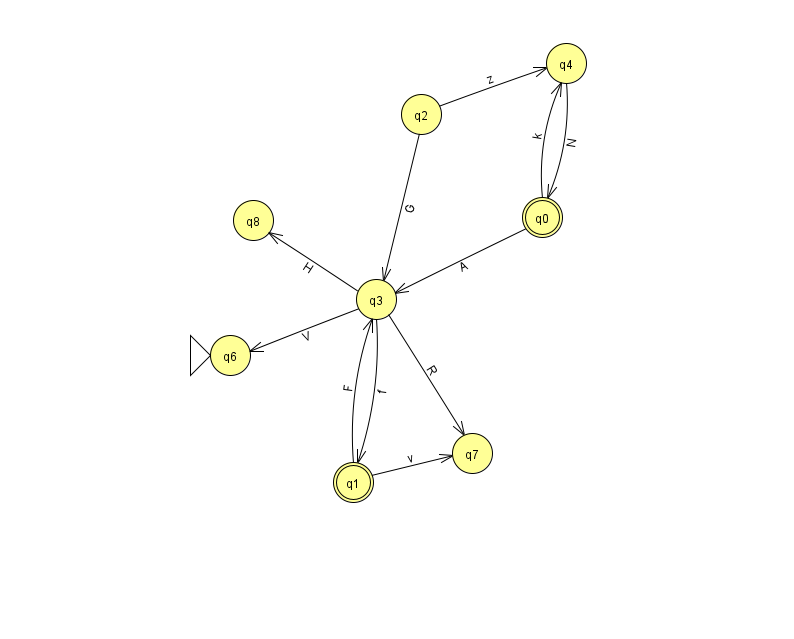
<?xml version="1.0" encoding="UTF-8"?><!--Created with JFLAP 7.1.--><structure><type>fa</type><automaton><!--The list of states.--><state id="0" name="q0"><x>542.0</x><y>204.0</y><final/></state><state id="1" name="q1"><x>353.0</x><y>469.0</y><final/></state><state id="2" name="q2"><x>421.0</x><y>101.0</y></state><state id="3" name="q3"><x>376.0</x><y>286.0</y></state><state id="4" name="q4"><x>566.0</x><y>50.0</y></state><state id="6" name="q6"><x>230.0</x><y>342.0</y><initial/></state><state id="7" name="q7"><x>472.0</x><y>440.0</y></state><state id="8" name="q8"><x>253.0</x><y>207.0</y></state><!--The list of transitions.--><transition><from>3</from><to>8</to><read>H</read></transition><transition><from>3</from><to>7</to><read>R</read></transition><transition><from>4</from><to>0</to><read>N</read></transition><transition><from>2</from><to>4</to><read>z</read></transition><transition><from>0</from><to>4</to><read>k</read></transition><transition><from>3</from><to>6</to><read>V</read></transition><transition><from>1</from><to>3</to><read>F</read></transition><transition><from>1</from><to>7</to><read>v</read></transition><transition><from>3</from><to>1</to><read>f</read></transition><transition><from>0</from><to>3</to><read>A</read></transition><transition><from>2</from><to>3</to><read>G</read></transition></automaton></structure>